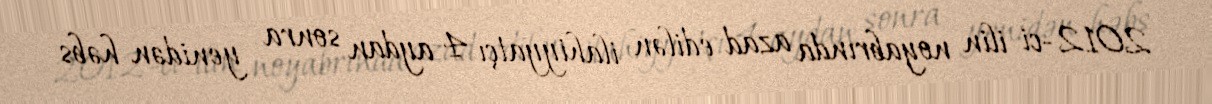
2012-ci ilin noyabrında azad edilən ilahiyyatçı 4 aydan sonra yenidən həbs